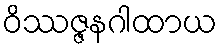
ဝိဿဇ္ဇနဂါထာယ